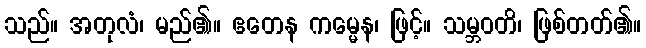
သည်။ အတုလံ၊ မည်၏။ ဧတေန ကမ္မေန၊ ဖြင့်။ သမ္ဘဝတိ၊ ဖြစ်တတ်၏။